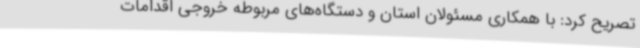
تصریح کرد: با همکاری مسئولان استان و دستگاه‌های مربوطه خروجی اقدامات